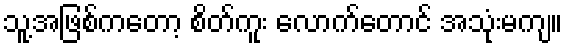
သူ့အဖြစ်ကတော့ စိတ်ကူး လောက်တောင် အသုံးမကျ။